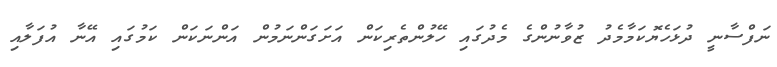
ނަފްސާނީ ދުޅަހެޔޮކަމާމެދު ޒުވާނުންގެ މެދުގައި ހޭލުންތެރިކަން އަށަގަންނަމުން އަންނަކަން ކަމުގައި އޭނާ އުފަލާއި